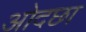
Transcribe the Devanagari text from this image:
ओदछा